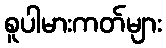
စူပါမားကတ်များ